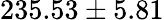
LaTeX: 235.53\pm 5.81